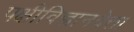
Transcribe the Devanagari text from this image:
पक्षीविज्ञानवेत्ता